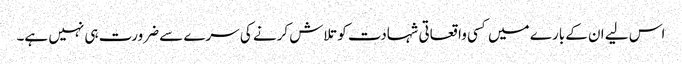
اس لیے ان کے بارے میں کسی واقعاتی شہادت کو تلاش کرنے کی سرے سے ضرورت ہی نہیں ہے۔